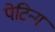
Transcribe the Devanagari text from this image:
पेटिन्ग